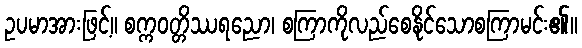
ဥပမာအားဖြင့်။ စက္ကဝတ္တိဿရညော၊ စကြာကိုလည်စေနိုင်သောစကြာမင်း၏။